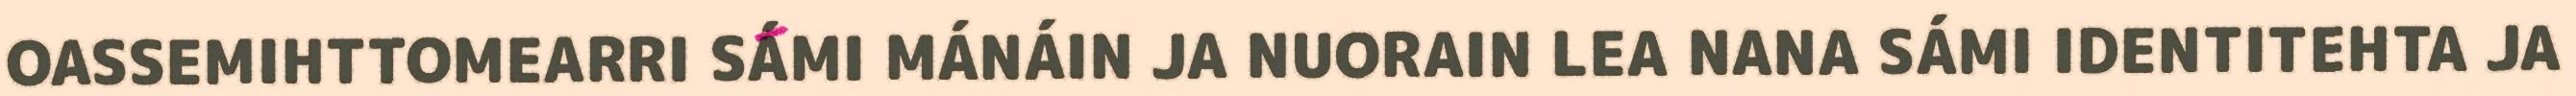
OASSEMIHTTOMEARRI SÁMI MÁNÁIN JA NUORAIN LEA NANA SÁMI IDENTITEHTA JA